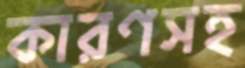
কারণসহ